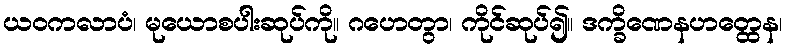
ယဝကလာပံ၊ မုယောစပါးဆုပ်ကို။ ဂဟေတွာ၊ ကိုင်ဆုပ်၍။ ဒက္ခိဏေနဟတ္ထေန၊